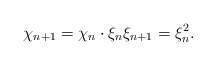
\begin{align*} \chi_{n + 1} = \chi_n \cdot \xi_n\xi_{n + 1} = \xi_n^2. \end{align*}